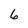
Character: 6